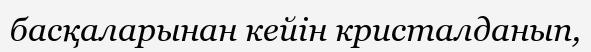
басқаларынан кейін кристалданып,